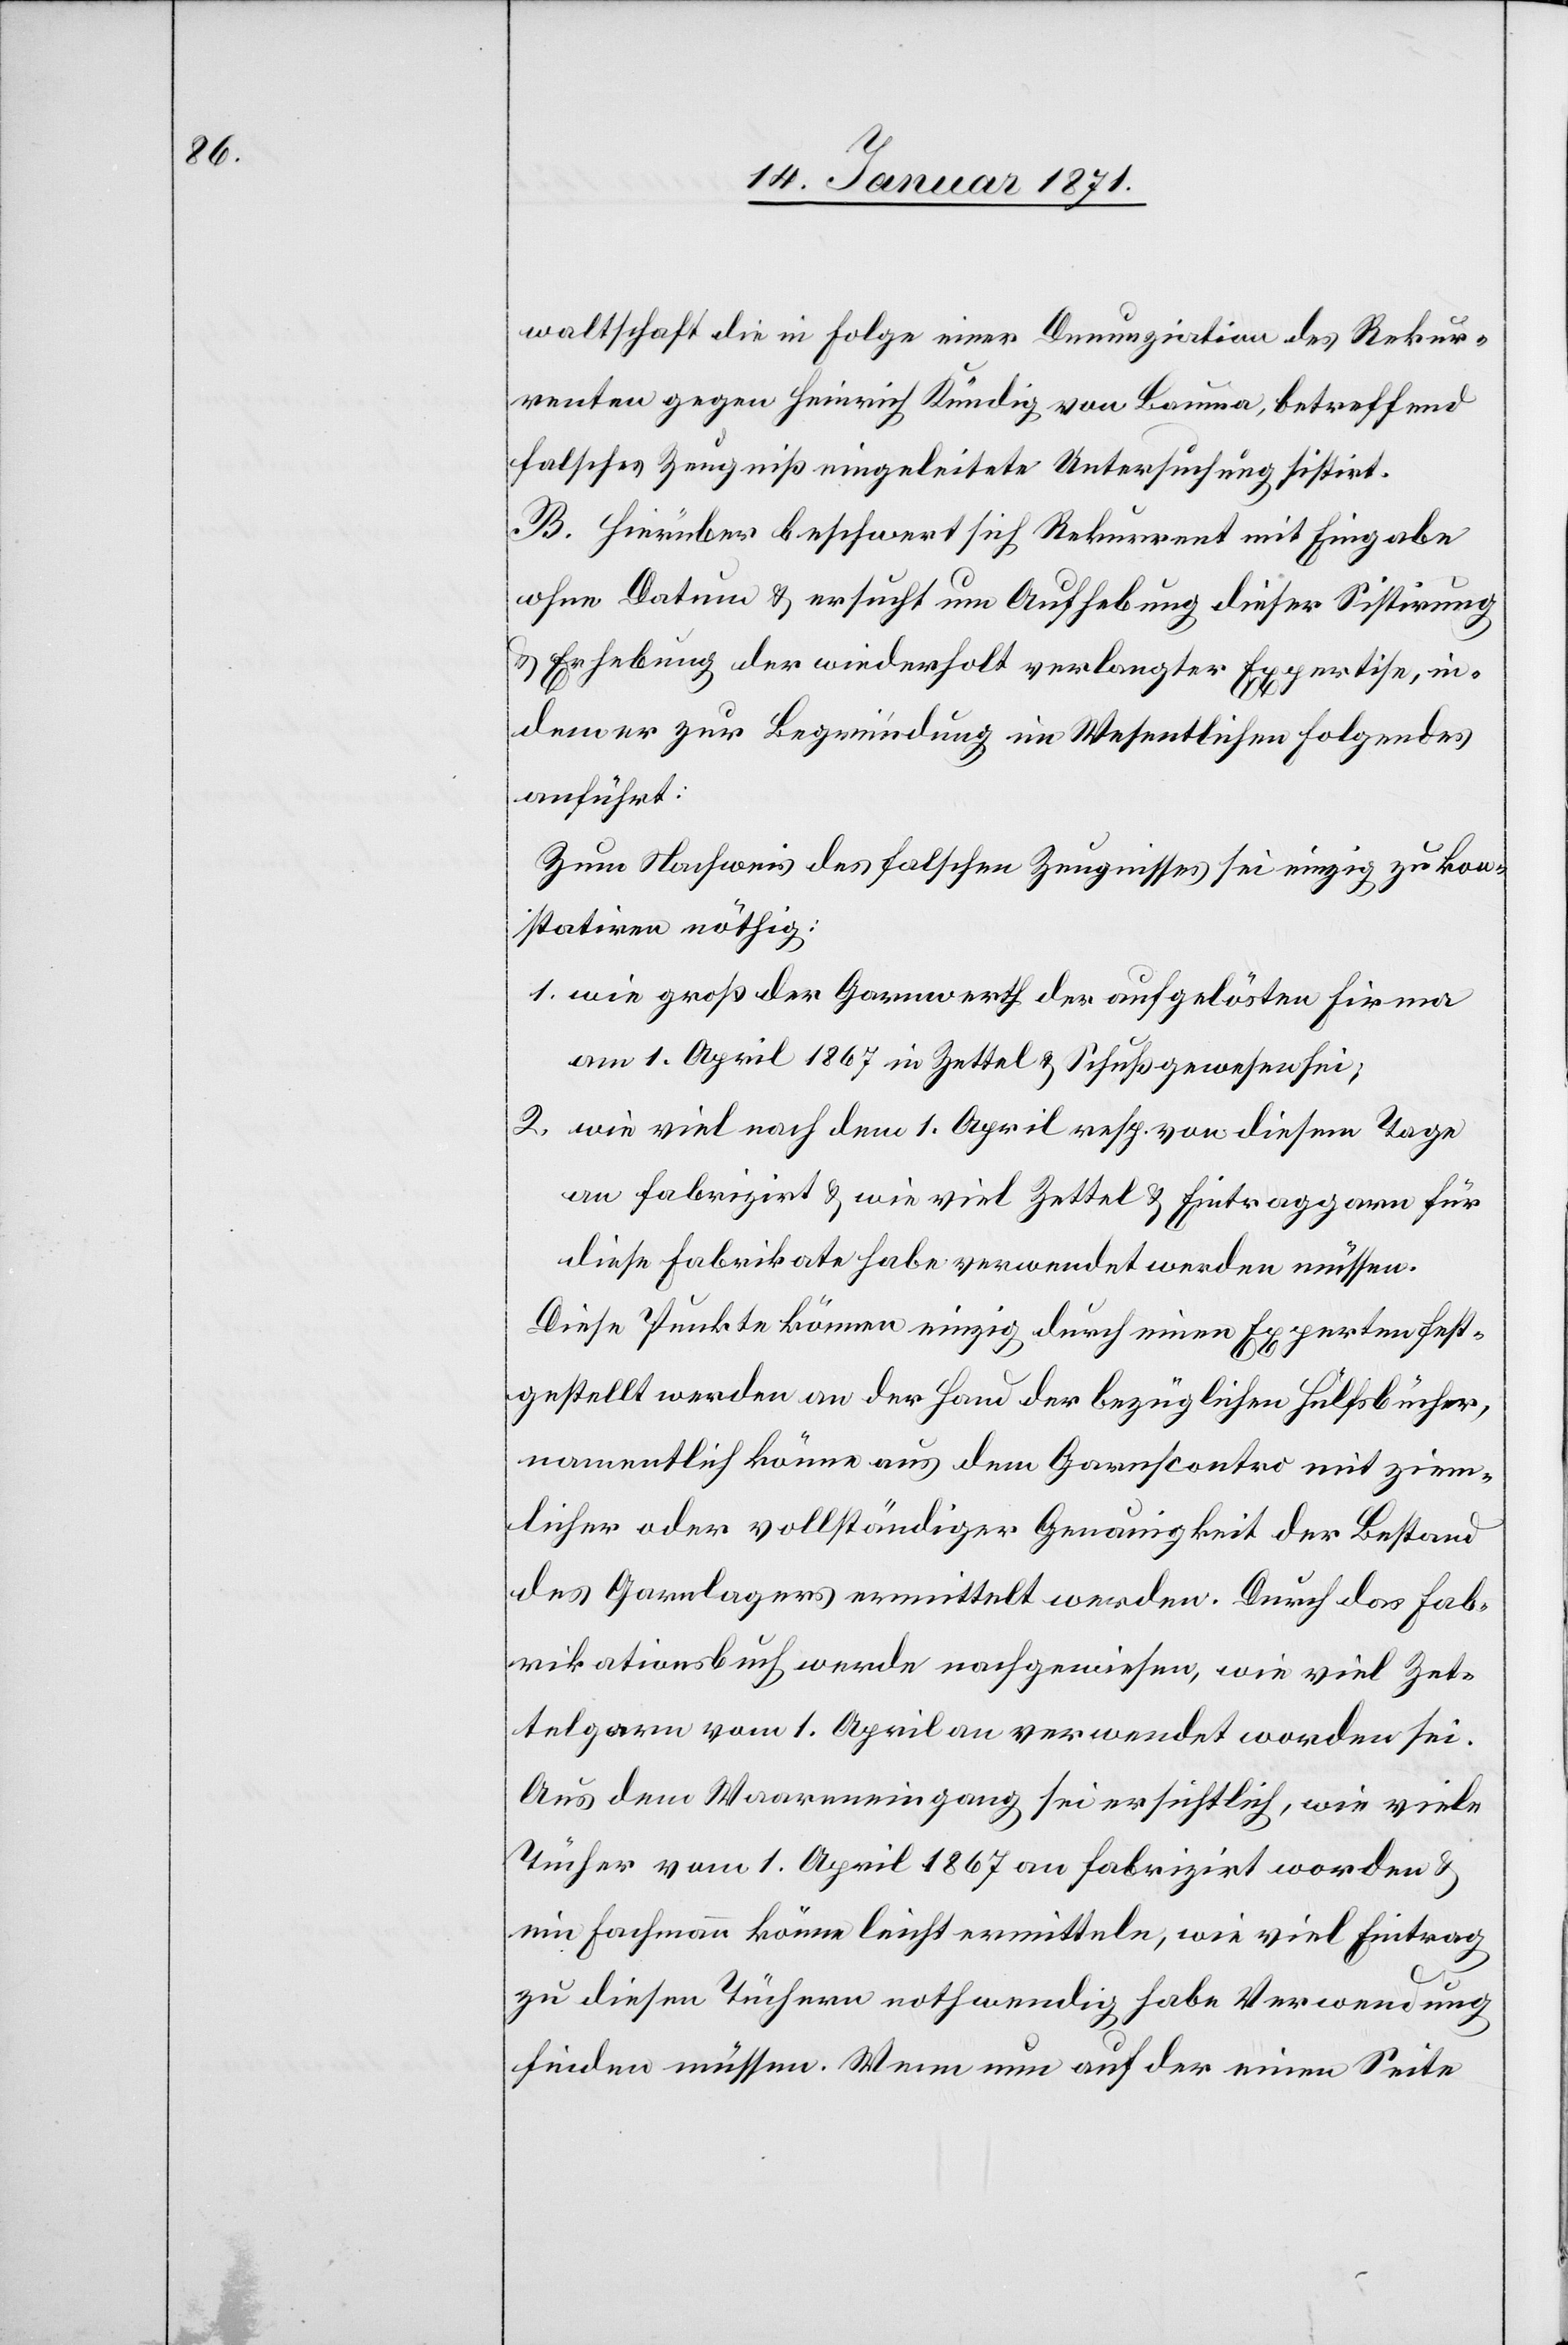
waltschaft die in Folge einer Denunziation des Rekur¬
renten gegen Heinrich Kündig von Bauma, betreffend
falsches Zeugniß eingeleitete Untersuchung sistirt.
B. Hierüber beschwert sich Rekurrent mit Eingabe
ohne Datum u. ersucht um Aufhebung dieser Sistirung
u. Erhebung der wiederholt verlangter [sic!] Expertise, in¬
dem er zur Begründung im Wesentlichen folgendes
anführt:
Zum Nachweis des falschen Zeugnisses sei einzig zu kon¬
statiren nöthig:
1. wie groß der Garnwerth der aufgelösten Firma
am 1. April 1867 in Zettel u. Schuß gewesen sei;
2. wie viel nach dem 1. April resp. von diesem Tage
an fabrizirt u. wie viel Zettel u. Eintraggarn für
diese Fabrikate habe verwendet werden müssen.
Diese Punkte können einzig durch einen Experten fest¬
gestellt werden an der Hand der bezüglichen Hülfsbücher,
namentlich könne aus dem Garnscontro mit ziem¬
licher oder vollständiger Genauigkeit der Bestand
des Garnlagers ermittelt werden. Durch das Fab¬
rikationsbuch werde nachgewiesen, wie viel Zet¬
telgarn vom 1. April an verwendet worden sei.
Aus dem Waareneingang sei ersichtlich, wie viele
Tücher vom 1. April 1867 an fabrizirt worden u.
ein Fachmann könne leicht ermitteln, wie viel Eintrag
zu diesen Tüchern nothwendig habe Verwendung
finden müssen. Wenn nun auf der einen Seite